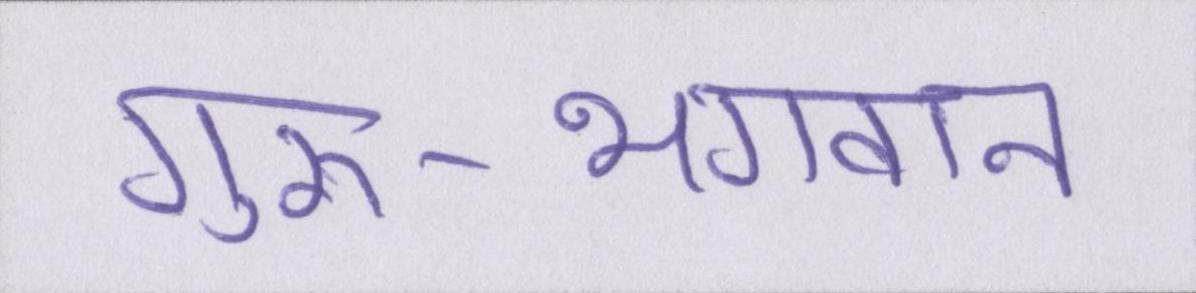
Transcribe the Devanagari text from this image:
गुरु-भगवान